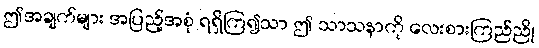
ဤအချက်များ အပြည့်အစုံ ရရှိကြ၍သာ ဤ သာသနာကို လေးစားကြည်ညို